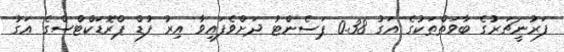
ފަރުނީޗަރުގެ ބާވަތްތަކުގެ އަގު 0.38 ޕަސެންޓު ދަށްވެފައިވާ އިރު ފުޑް ޕްރޮޑަކްޓްސްގެ އަގު